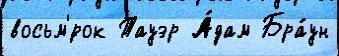
восьм'́рок Тауэр А́дам Бра́ун